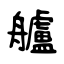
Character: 艫